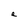
Character: e